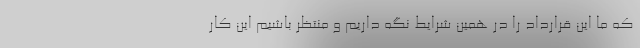
که ما این قرارداد را در همین شرایط نگه داریم و منتظر باشیم این کار